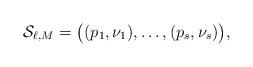
LaTeX: \begin{align*}\mathcal{S}_{\ell,M}=\bigl( (p_1,\nu_1),\ldots,(p_s,\nu_s) \bigr),\end{align*}